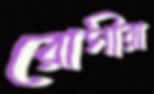
রোগীরা